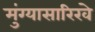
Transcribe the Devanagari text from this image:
मुंग्यासारिखे